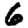
Digit: 6